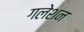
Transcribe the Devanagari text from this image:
गलेशन